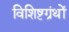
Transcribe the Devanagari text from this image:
विशिष्टग्रंथों